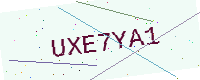
Text: UXE7YA1